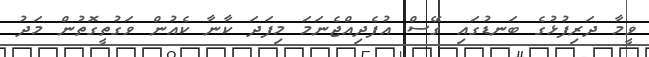
ވީމާ ދަރިފުޅުގެ ބަނޑުގައި ގޭސް އުފެދިއްޖެނަމަ މިފަދަ ކާނާ ކެއުން ވަގުތީގޮތުން މަދު